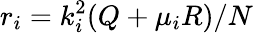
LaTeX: r_{i}=k_{i}^{2}(Q+\mu_{i}R)/N